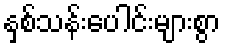
နှစ်သန်းပေါင်းများစွာ